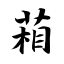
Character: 葙